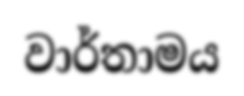
වාර්තාමය